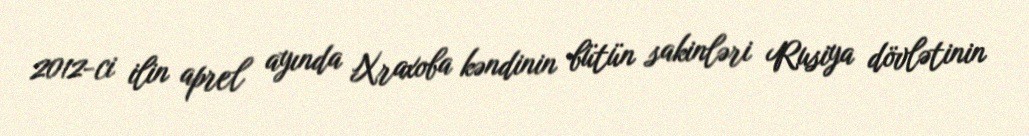
2012-ci ilin aprel ayında Xraxoba kəndinin bütün sakinləri Rusiya dövlətinin